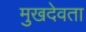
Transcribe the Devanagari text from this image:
मुखदेवता